Scottish Leaving Certificate Examination, 1956
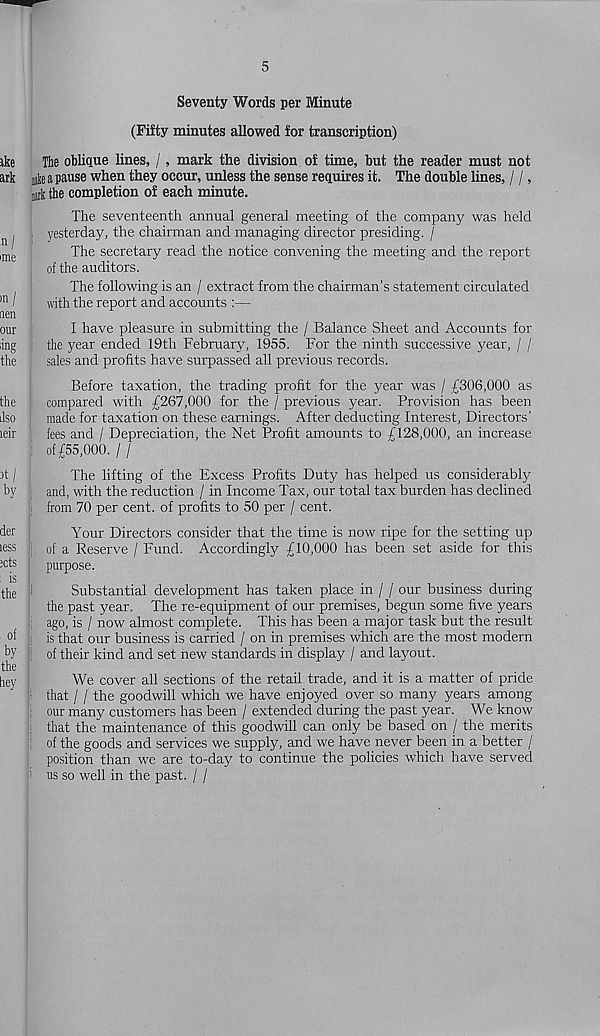
5
Seventy Words per Minute
(Fifty minutes allowed for transcription)
The oblique lines, /, mark the division of time, but the reader must not
gte a pause when they occur, unless the sense requires it. The double lines, / /,
nark the completion of each minute.
The seventeenth annual general meeting of the company was held
! yesterday, the chairman and managing director presiding. /
The secretary read the notice convening the meeting and the report
of the auditors.
The following is an / extract from the chairman’s statement circulated
with the report and accounts :—
I have pleasure in submitting the / Balance Sheet and Accounts for
the year ended 19th February, 1955. For the ninth successive year, / /
sales and profits have surpassed all previous records.
Before taxation, the trading profit for the year was / £306,000 as
! j compared with £267,000 for the / previous year. Provision has been
made for taxation on these earnings. After deducting Interest, Directors’
fees and / Depreciation, the Net Profit amounts to £128,000, an increase
: of £55,000. / /
The lifting of the Excess Profits Duty has helped us considerably
and, with the reduction / in Income Tax, our total tax burden has declined
from 70 per cent, of profits to 50 per / cent.
Your Directors consider that the time is now ripe for the setting up
| of a Reserve / Fund. Accordingly £10,000 has been set aside for this
purpose.
Substantial development has taken place in / / our business during
the past year. The re-equipment of our premises, begun some five years
I ago, is / now almost complete. This has been a major task but the result
! is that our business is carried / on in premises which are the most modern
: of their kind and set new standards in display / and layout.
We cover all sections of the retail trade, and it is a matter of pride
that / / the goodwill which we have enjoyed over so many years among
I our many customers has been / extended during the past year. We know
; that the maintenance of this goodwill can only be based on / the merits
of the goods and services we supply, and we have never been in a better /
position than we are to-day to continue the policies which have served
’ us so well in the past. / /